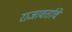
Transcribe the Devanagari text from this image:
राजावर्ताचे